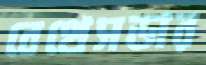
বেথেসডার